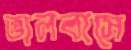
ভালবাসে